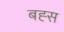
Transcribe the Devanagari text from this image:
बह्स